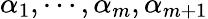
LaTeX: \alpha_{1},\cdots,\alpha_{m},\alpha_{m+1}